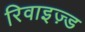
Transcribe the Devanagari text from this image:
रिवाइज़्ड